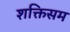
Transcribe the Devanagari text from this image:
शक्तिसम